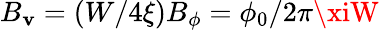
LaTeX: B_{\mathbf{v}}=(W/4\xi)B_{\phi}=\phi_{0}/2\pi\xiW